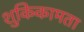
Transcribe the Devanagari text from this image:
शुकिकामता